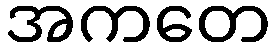
အကတေ